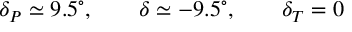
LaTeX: \delta _ { P } \simeq 9 . 5 ^ { \circ } , \qquad \delta \simeq - 9 . 5 ^ { \circ } , \qquad \delta _ { T } = 0